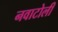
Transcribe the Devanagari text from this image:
नवाटोली